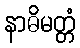
နာဓိမတ္တံ